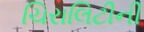
ચિરાલિટીની